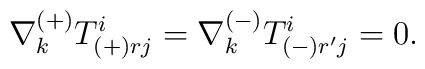
\nabla_{k}^{(+)} T^{i}_{(+)rj} =\nabla^{(-)}_k T^{i}_{(-)r'j} =0 .